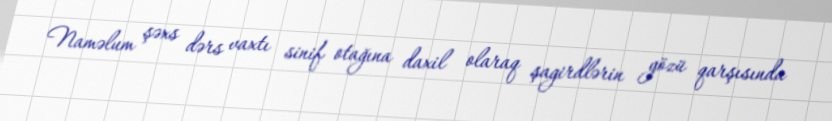
Naməlum şəxs dərs vaxtı sinif otağına daxil olaraq şagirdlərin gözü qarşısında